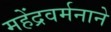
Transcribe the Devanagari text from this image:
महेंद्रवर्मनाने